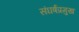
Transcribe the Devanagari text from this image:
संघर्षप्रमुख